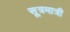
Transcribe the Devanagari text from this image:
सूत्रमात्री